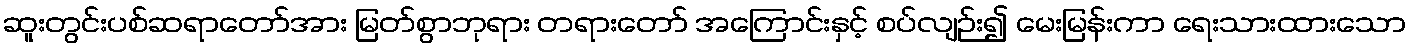
ဆူးတွင်းပစ်ဆရာတော်အား မြတ်စွာဘုရား တရားတော် အကြောင်းနှင့် စပ်လျဉ်း၍ မေးမြန်းကာ ရေးသားထားသော